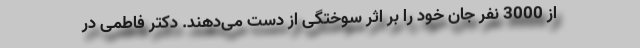
از 3000 نفر جان خود را بر اثر سوختگی از دست می‌دهند. دکتر فاطمی در